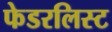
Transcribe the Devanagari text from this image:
फेडरलिस्ट